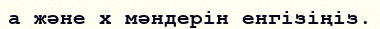
а және х мәндерін енгізіңіз.